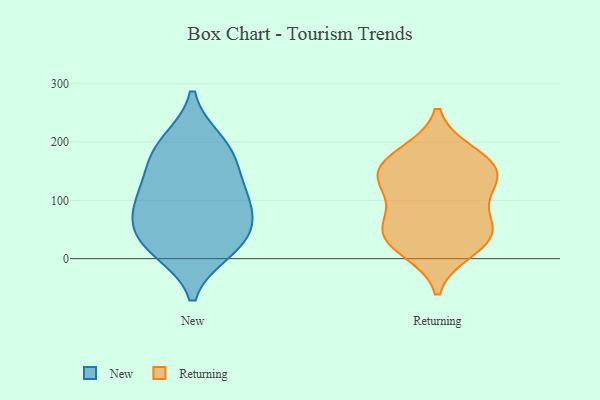
{"axis": {"x": "Tickets Resolved", "y": "Value"}, "legend": ["New", "Returning"], "data": [{"x": "", "y": 88, "type": "New"}, {"x": "", "y": 15, "type": "New"}, {"x": "", "y": 94, "type": "New"}, {"x": "", "y": 49, "type": "New"}, {"x": "", "y": 165, "type": "New"}, {"x": "", "y": 98, "type": "New"}, {"x": "", "y": 136, "type": "New"}, {"x": "", "y": 21, "type": "New"}, {"x": "", "y": 38, "type": "New"}, {"x": "", "y": 190, "type": "New"}, {"x": "", "y": 200, "type": "New"}, {"x": "", "y": 138, "type": "Returning"}, {"x": "", "y": 153, "type": "Returning"}, {"x": "", "y": 39, "type": "Returning"}, {"x": "", "y": 136, "type": "Returning"}, {"x": "", "y": 35, "type": "Returning"}, {"x": "", "y": 167, "type": "Returning"}, {"x": "", "y": 179, "type": "Returning"}, {"x": "", "y": 63, "type": "Returning"}, {"x": "", "y": 114, "type": "Returning"}, {"x": "", "y": 53, "type": "Returning"}, {"x": "", "y": 16, "type": "Returning"}]}